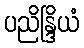
ပညိန္ဒြိယံ